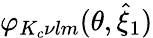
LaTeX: \varphi_{K_{c}\nu lm}(\theta,\hat{{\xi}}_{1})